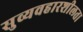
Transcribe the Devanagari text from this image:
सुव्यवहारशीलता